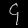
Digit: ၄